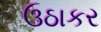
ઉઠાકર